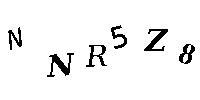
NNR5Z8